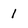
Character: I